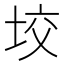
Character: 𡋟